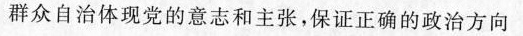
群众自治体现党的意志和主张，保证正确的政治方向